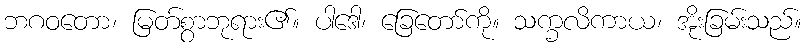
ဘဂဝတော၊ မြတ်စွာဘုရား၏။ ပါဒေါ၊ ခြေတော်ကို။ သက္ခလိကာယ၊ အိုးခြမ်းသည်။